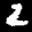
Label: 2